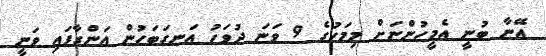
އޭނާ ބުނީ އެމީހުންނަށް މިމަހުގެ 9 ވަނަ ދުވަހު އަނގަބަހުން އަންގާފައި ވަނީ